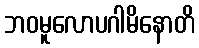
ဘဝမူလောပဂါမိနောတိ